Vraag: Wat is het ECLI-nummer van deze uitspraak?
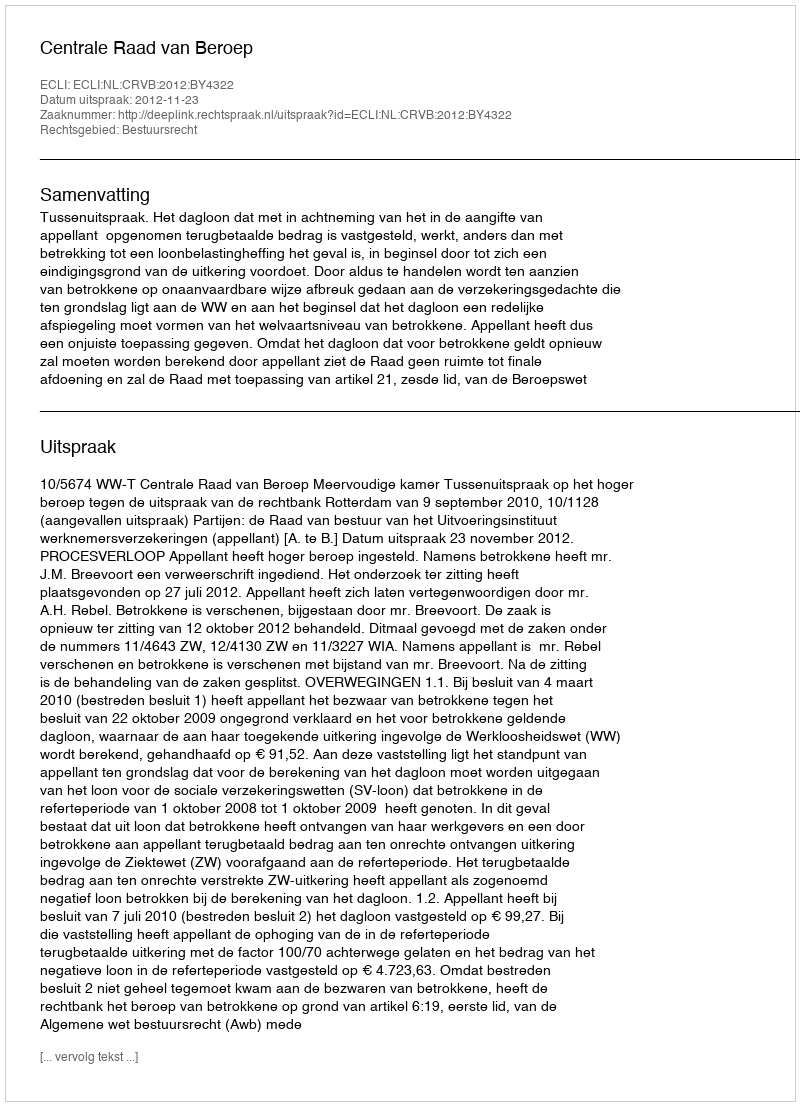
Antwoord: ECLI:NL:CRVB:2012:BY4322